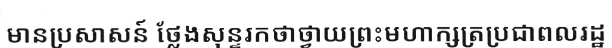
មានប្រសាសន៍ ថ្លែងសុន្ទរកថាថ្វាយព្រះមហាក្សត្រប្រជាពលរដ្ឋ